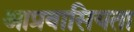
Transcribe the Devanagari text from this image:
आप्रवासियता